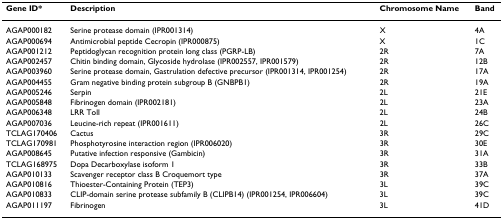
| Gene ID* | Description | Chromosome Name | Band |
 | --- | --- | --- | --- |
 | AGAP000182 | Serine protease domain (IPR001314) | X | 4A |
 | AGAP000694 | Antimicrobial peptide Cecropin (IPR000875) | X | 1C |
 | AGAP001212 | Peptidoglycan recognition protein long class (PGRP-LB) | 2R | 7A |
 | AGAP002457 | Chitin binding domain, Glycoside hydrolase (IPR002557, IPR001579) | 2R | 12B |
 | AGAP003960 | Serine protease domain, Gastrulation defective precursor (IPR001314, IPR001254) | 2R | 17A |
 | AGAP004455 | Gram negative binding protein subgroup B (GNBPB1) | 2R | 19A |
 | AGAP005246 | Serpin | 2L | 21E |
 | AGAP005848 | Fibrinogen domain (IPR002181) | 2L | 23A |
 | AGAP006348 | LRR Toll | 2L | 24B |
 | AGAP007036 | Leucine-rich repeat (IPR001611) | 2L | 26C |
 | TCLAG170406 | Cactus | 3R | 29C |
 | TCLAG170981 | Phosphotyrosine interaction region (IPR006020) | 3R | 30E |
 | AGAP008645 | Putative infection responsive (Gambicin) | 3R | 31A |
 | TCLAG168975 | Dopa Decarboxylase isoform 1 | 3R | 33B |
 | AGAP010133 | Scavenger receptor class B Croquemort type | 3R | 37A |
 | AGAP010816 | Thioester-Containing Protein (TEP3) | 3L | 39C |
 | AGAP010833 | CLIP-domain serine protease subfamily B (CLIPB14) (IPR001254, IPR006604) | 3L | 39C |
 | AGAP011197 | Fibrinogen | 3L | 41D |